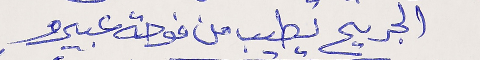
الجريح يطيب من فوحة عبيرو